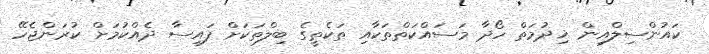
ކައުންސިލްއިން ޚިދުމަތް ހޯދާ މަސައްކަތްތަކާއި ތަކެތީގެ ބިލްތަކަށް ފައިސާ ދެއްކުމަށް ކުރަންޖެހޭ